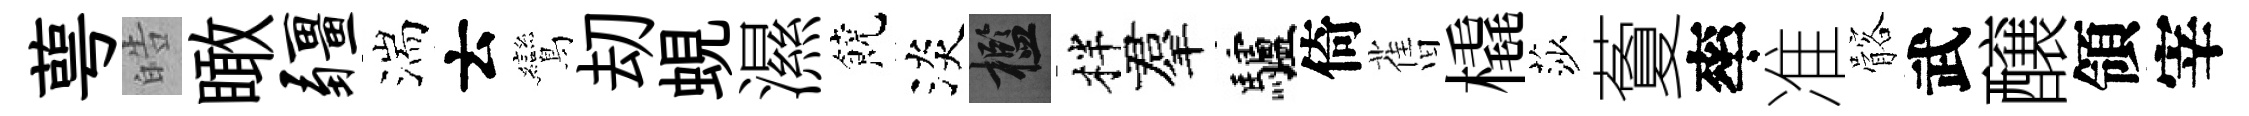
萼皓瞰疆湍云鸞刧蜆濕饒淡檻柈羣驢倚𦾔橇莎藑率准髂武醸領宰